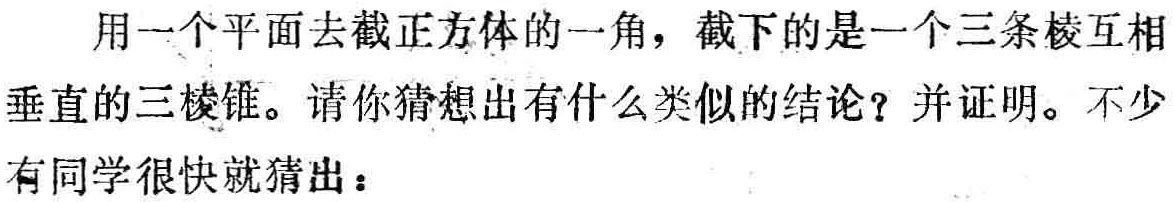
用一个平面去截正方体的一角，截下的是一个三条棱互相垂直的三棱锥。请你猜想出有什么类似的结论？并证明。不少有同学很快就猜出：